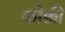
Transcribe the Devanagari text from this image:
कोक्की